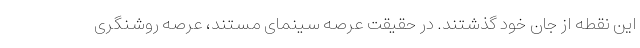
این نقطه از جان خود گذشتند. در حقیقت عرصه سینمای مستند، عرصه روشنگری